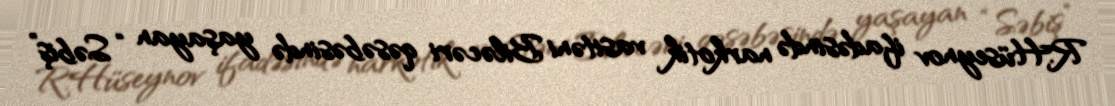
R.Hüseynov ifadəsində narkotik vasitəni Biləcəri qəsəbəsində yaşayan “Səbiş”